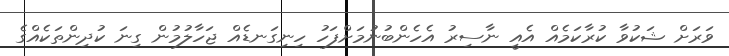
ވަރަށް ޝަކުވާ ކުރާކަމެއް އެއީ ނާސިރު އެހެންބުނުމަށްފަހު ހިނިގަނޑެއް ޖަހާލުމުން ގިނަ ކުދިންތަކެއްގެ